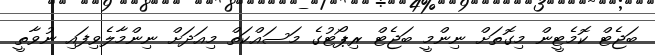
ބަޖެޓް ކޮމެޓީން މިގޮތަށް ނިންމީ ބަޖެޓް ރިޕޯޓުގެ މަސައްކަތް މިއަދަށް ނިންމާލެވިފައި ނުވާތީ